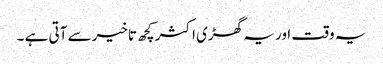
یہ وقت اور یہ گھڑی اکثر کچھ تاخیر سے آتی ہے ۔